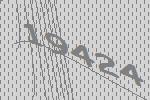
19424